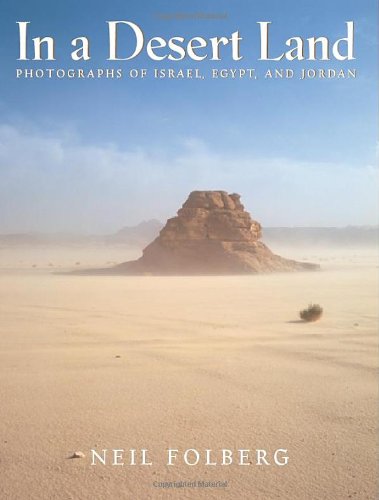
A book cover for In a Desert Land: Photographs of Israel, Egypt, and Jordan; Neil Folberg; History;